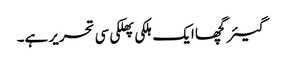
گیئرگچھا ایک ہلکی پھلکی سی تحریر ہے۔